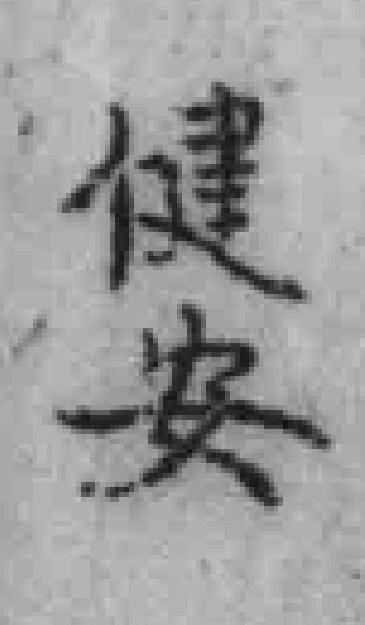
健安